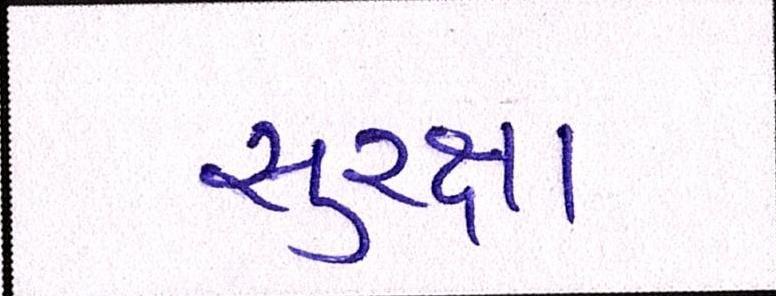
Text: સુરક્ષા